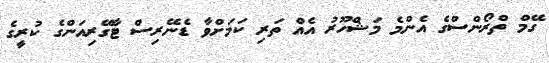
ގޭމް ތްރޯންސްގެ އެންމެ މަޝްހޫރު އެއް ތަރި ކަމަށްވާ ޑެނޭރިސް ޓާގޭރިއަންގެ ކުރީގެ